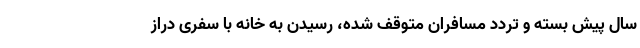
سال پیش بسته و تردد مسافران متوقف شده، رسیدن به خانه با سفری دراز